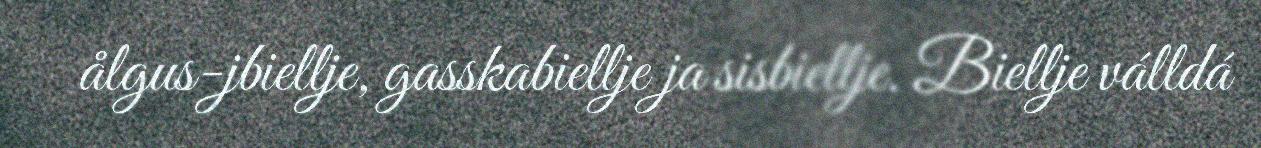
ålgus-jbiellje, gasskabiellje ja sisbiellje. Biellje válldá